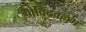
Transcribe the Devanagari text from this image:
गोविंदवल्लभ